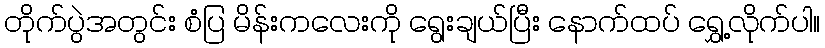
တိုက်ပွဲအတွင်း စံပြ မိန်းကလေးကို ရွေးချယ်ပြီး နောက်ထပ် ရွှေ့လိုက်ပါ။